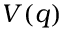
V ( q )